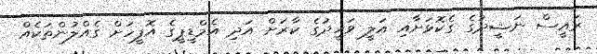
ރައީސް ނަޝީދުގެ ގެކޮޅަށާއި އަލީ ވަހީދުގެ ކާރަށް އަދި އެމްޑީޕީގެ އޮފީހަށް ގެއްލުންތަކެއް